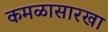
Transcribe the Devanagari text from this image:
कमळासारखा